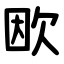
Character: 欭